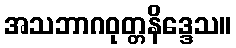
အသဘာဂဝုတ္တနိဒ္ဒေသ။